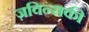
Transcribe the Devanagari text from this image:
ज़विन्सकी